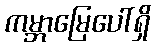
ကမ္ဘာမြေပေါ်ရှိ